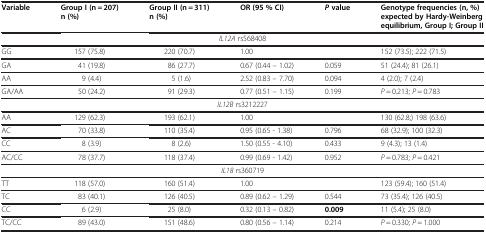
| Variable | Group I (n = 207) n (%) | Group II (n = 311) n (%) | OR (95 % CI) | P value | Genotype frequencies (n, %) expected by Hardy-Weinberg equilibrium, Group I; Group II |
 | --- | --- | --- | --- | --- | --- |
 | <COLSPAN=6> IL12A rs568408 |
 | GG | 157 (75.8) | 220 (70.7) | 1.00 |  | 152 (73.5); 222 (71.5) |
 | GA | 41 (19.8) | 86 (27.7) | 0.67 (0.44 – 1.02) | 0.059 | 51 (24.4); 81 (26.1) |
 | AA | 9 (4.4) | 5 (1.6) | 2.52 (0.83 – 7.70) | 0.094 | 4 (2.0); 7 (2.4) |
 | GA/AA | 50 (24.2) | 91 (29.3) | 0.77 (0.51 – 1.15) | 0.199 | P = 0.213; P = 0.783 |
 | <COLSPAN=6> IL12B rs3212227 |
 | AA | 129 (62.3) | 193 (62.1) | 1.00 |  | 130 (62.8;) 198 (63.6) |
 | AC | 70 (33.8) | 110 (35.4) | 0.95 (0.65 - 1.38) | 0.796 | 68 (32.9); 100 (32.3) |
 | CC | 8 (3.9) | 8 (2.6) | 1.50 (0.55 - 4.10) | 0.433 | 9 (4.3); 13 (1.4) |
 | AC/CC | 78 (37.7) | 118 (37.4) | 0.99 (0.69 - 1.42) | 0.952 | P = 0.783; P = 0.421 |
 | <COLSPAN=6> IL18 rs360719 |
 | TT | 118 (57.0) | 160 (51.4) | 1.00 |  | 123 (59.4); 160 (51.4) |
 | TC | 83 (40.1) | 126 (40.5) | 0.89 (0.62 – 1.29) | 0.544 | 73 (35.4); 126 (40.5) |
 | CC | 6 (2.9) | 25 (8.0) | 0.32 (0.13 – 0.82) | 0.009 | 11 (5.4); 25 (8.0) |
 | TC/CC | 89 (43.0) | 151 (48.6) | 0.80 (0.56 – 1.14) | 0.214 | P = 0.330; P = 1.000 |